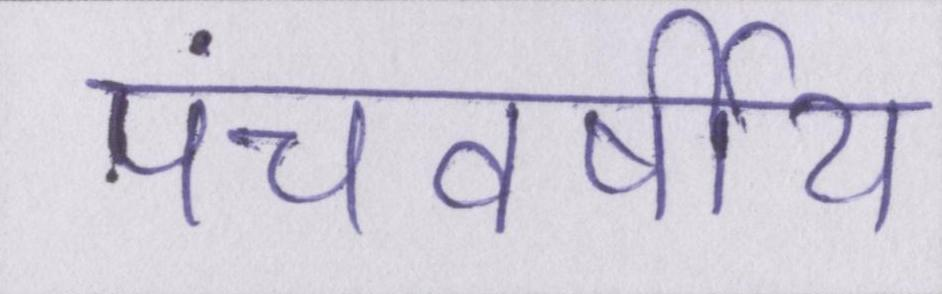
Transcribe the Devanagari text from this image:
पंचवर्षीय